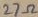
Text: 27Ω